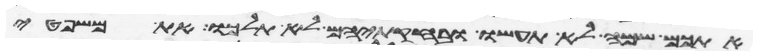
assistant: אתכם שמה לא תעשו ובחקתיהם לא תלכו את משפטי